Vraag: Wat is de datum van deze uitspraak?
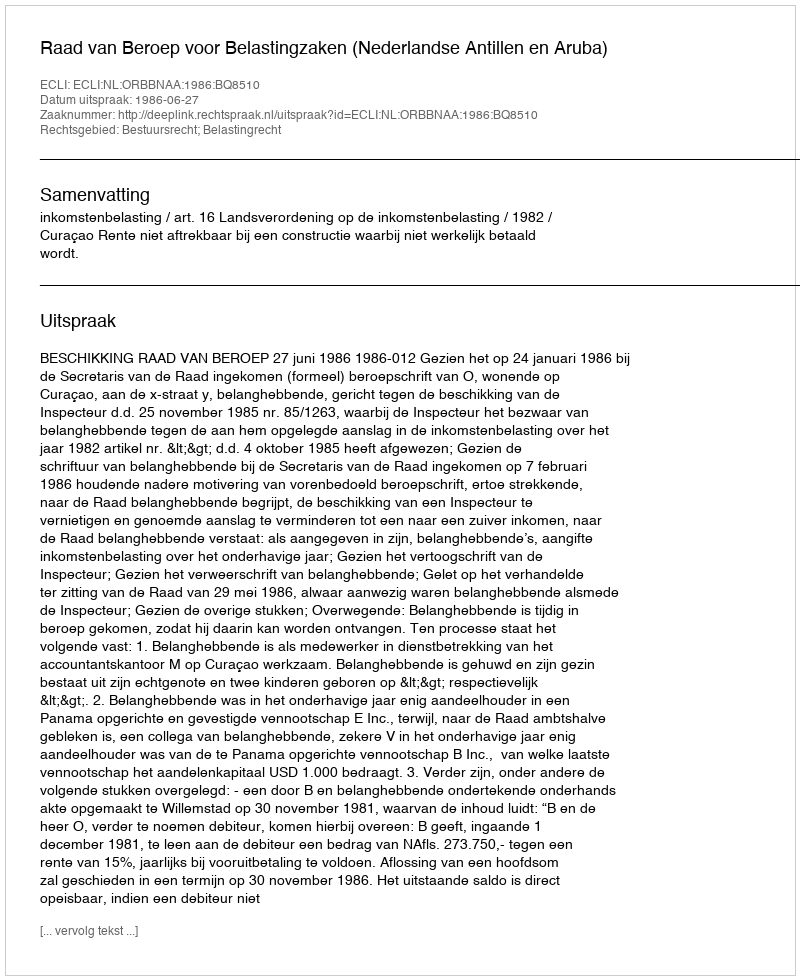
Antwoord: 1986-06-27